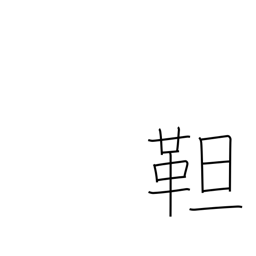
Meaning: tanned leather